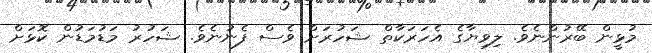
މުޅީން ބޭރުންނެވެ. ލިވިޔާގެ އެހަރަކާތް ޝަހުރަށް ވެސް ފެނުނެވެ. ޝަހުރު މަޑުމަޑުން ކޮޅަށް